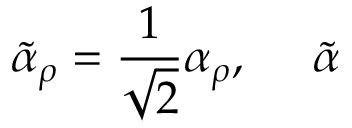
\tilde { \alpha } _ { \rho } = \frac { 1 } { \sqrt { 2 } } \alpha _ { \rho } , ~ ~ ~ ~ \tilde { \alpha }